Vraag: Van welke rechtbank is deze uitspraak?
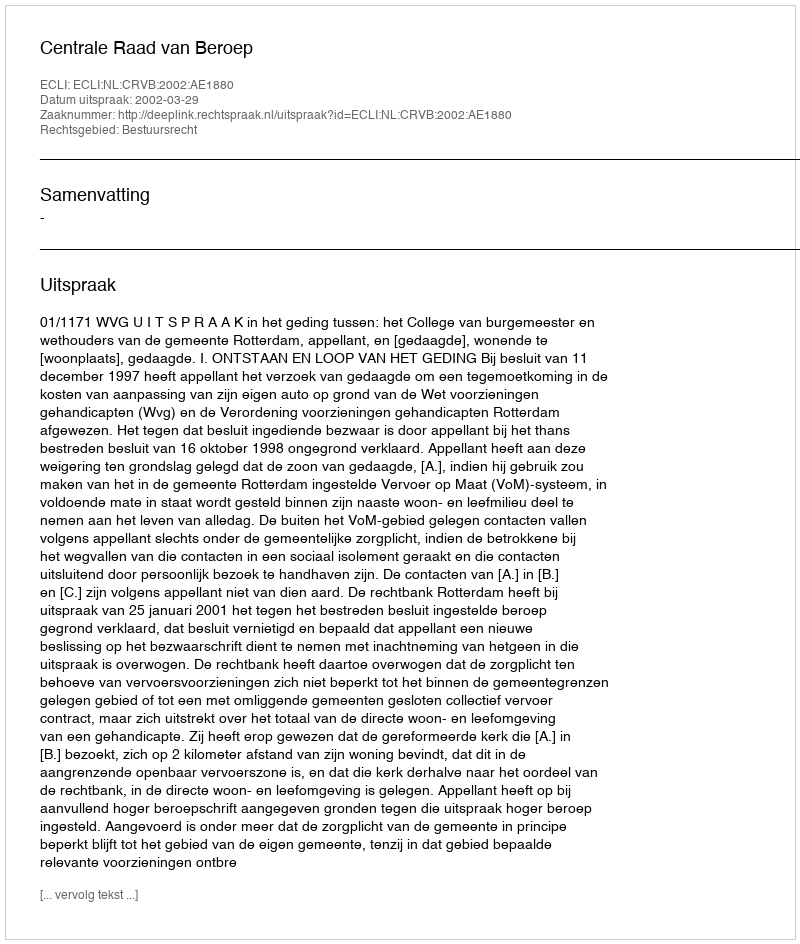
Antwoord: Centrale Raad van Beroep